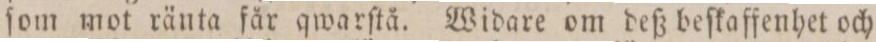
ſom mot ränta får qwarſtå. Widare om deß beſkaffenhet och